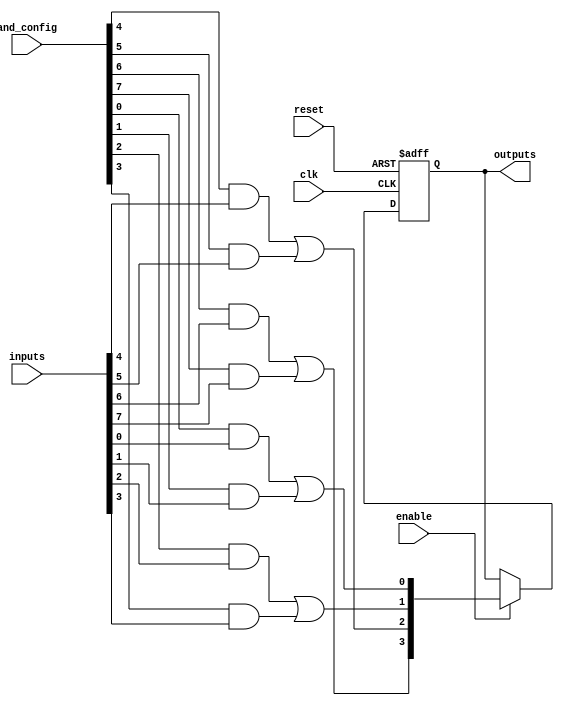
module RPAL (
    input wire clk,                // Clock signal
    input wire reset,              // Reset signal
    input wire [N-1:0] inputs,     // Input signals
    input wire [M-1:0] and_config, // Configuration for AND gates
    input wire enable,             // Enable for registered outputs
    output reg [P-1:0] outputs     // Registered outputs
);

// Parameter definitions
parameter N = 8; // Number of input signals
parameter M = 8; // Number of AND gates
parameter P = 4; // Number of OR gates

// Intermediate signals for the AND array
wire [M-1:0] and_output;

// Programmable AND Array
genvar i;
generate
    for (i = 0; i < M; i = i + 1) begin : and_array
        assign and_output[i] = (and_config[i] & inputs[i]); // Simplified AND functionality
    end
endgenerate

// Fixed OR Array
wire [P-1:0] or_output;
assign or_output[0] = and_output[0] | and_output[1]; // Example OR logic
assign or_output[1] = and_output[2] | and_output[3];
assign or_output[2] = and_output[4] | and_output[5];
assign or_output[3] = and_output[6] | and_output[7];

// Registered outputs
always @(posedge clk or posedge reset) begin
    if (reset) begin
        outputs <= 0; // Reset outputs
    end else if (enable) begin
        outputs <= or_output; // Latch OR output into registered outputs
    end
end

endmodule